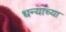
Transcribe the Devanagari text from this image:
धन्यांच्या